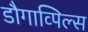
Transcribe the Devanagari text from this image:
डौगाव्पिल्स